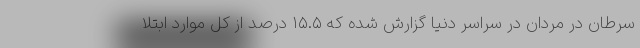
سرطان در مردان در سراسر دنیا گزارش شده که ۱۵.۵ درصد از کل موارد ابتلا